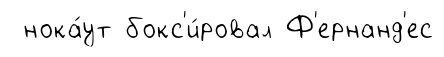
нока́ут бокс'и́ровал Ф'ернанд'ес